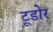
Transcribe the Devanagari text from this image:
टूडोर